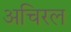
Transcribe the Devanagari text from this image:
अचिरल